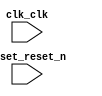

module LDPC (
	clk_clk,
	reset_reset_n);	

	input		clk_clk;
	input		reset_reset_n;
endmodule